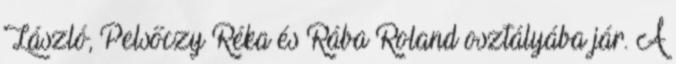
László, Pelsőczy Réka és Rába Roland osztályába jár. A